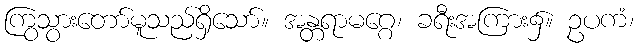
ကြွသွားတော်မူသည်ရှိသော်။ အန္တရာမဂ္ဂေ၊ ခရီးအကြား၌။ ဥပကံ၊